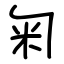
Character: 匊